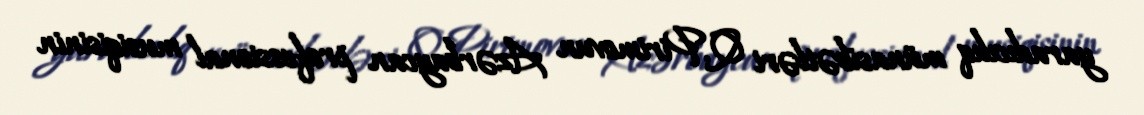
yaradıcılıq münasibətləri Q.Pirimovun Azərbaycan professional musiqisinin